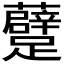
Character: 𲄑